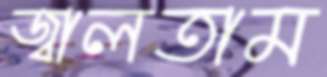
জ্বালতাম